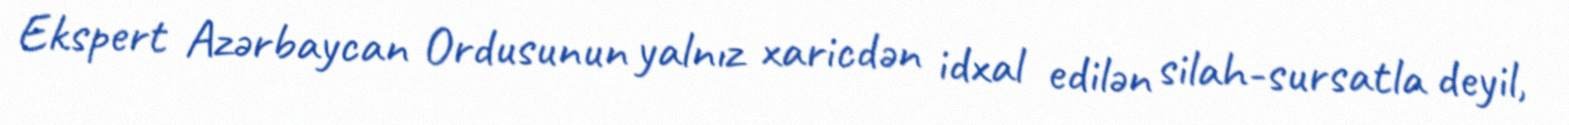
Ekspert Azərbaycan Ordusunun yalnız xaricdən idxal edilən silah-sursatla deyil,